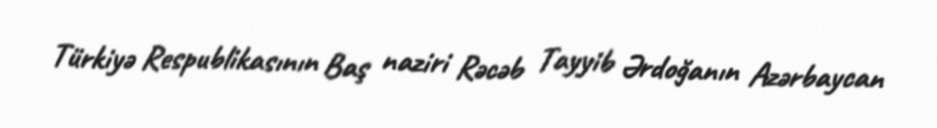
Türkiyə Respublikasının Baş naziri Rəcəb Tayyib Ərdoğanın Azərbaycan